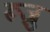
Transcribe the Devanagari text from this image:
रूज़ु